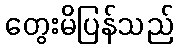
တွေးမိပြန်သည်